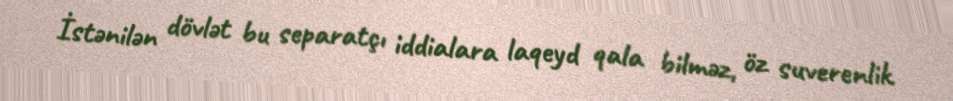
İstənilən dövlət bu separatçı iddialara laqeyd qala bilməz, öz suverenlik